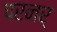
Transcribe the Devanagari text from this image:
परनर्